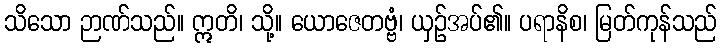
သိသော ဉာဏ်သည်။ ဣတိ၊ သို့။ ယောဇေတဗ္ဗံ၊ ယှဉ်အပ်၏။ ပရာနိစ၊ မြတ်ကုန်သည်